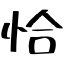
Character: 恰